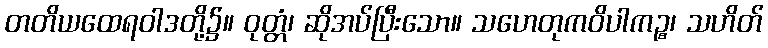
တတိယထေရဝါဒတို့၌။ ဝုတ္တံ၊ ဆိုအပ်ပြီးသော။ သဟေတုကဝိပါကဉ္စ၊ သဟိတ်